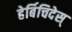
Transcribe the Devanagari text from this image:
हेर्बिचिदेस्